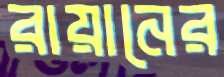
রায়ানের